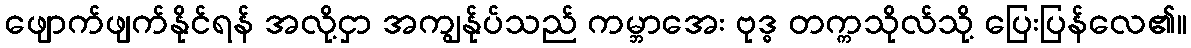
ဖျောက်ဖျက်နိုင်ရန် အလို့ငှာ အကျွန်ုပ်သည် ကမ္ဘာအေး ဗုဒ္ဓ တက္ကသိုလ်သို့ ပြေးပြန်လေ၏။